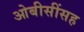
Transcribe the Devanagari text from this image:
ओबीसींसह